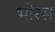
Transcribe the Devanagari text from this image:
भोरस